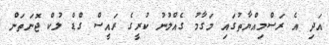
އަދި އެ ރަސްމިއްޔާތުގައި މަގާމު ގެއްލުނު ކުރީގެ ރައީސް ގްޑް ލުކް ޖޮނަތަން